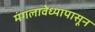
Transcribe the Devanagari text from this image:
मंगलावेध्यापासून